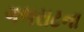
ગભરાટના